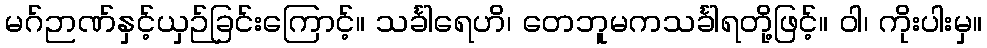
မဂ်ဉာဏ်နှင့်ယှဉ်ခြင်းကြောင့်။ သင်္ခါရေဟိ၊ တေဘူမကသင်္ခါရတို့ဖြင့်။ ဝါ၊ ကိုးပါးမှ။